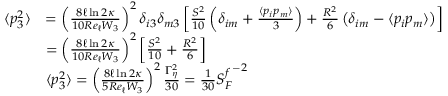
\begin{array} { r l } { \langle p _ { 3 } ^ { 2 } \rangle } & { = \left( \frac { 8 \ell \ln { 2 \kappa } } { 1 0 R e _ { \ell } W _ { 3 } } \right) ^ { 2 } \delta _ { i 3 } \delta _ { m 3 } \left[ \frac { S ^ { 2 } } { 1 0 } \left( \delta _ { i m } + \frac { \langle p _ { i } p _ { m } \rangle } { 3 } \right) + \frac { R ^ { 2 } } { 6 } \left( \delta _ { i m } - \langle p _ { i } p _ { m } \rangle \right) \right] } \\ & { = \left( \frac { 8 \ell \ln { 2 \kappa } } { 1 0 R e _ { \ell } W _ { 3 } } \right) ^ { 2 } \left[ \frac { S ^ { 2 } } { 1 0 } + \frac { R ^ { 2 } } { 6 } \right] } \\ & { \langle p _ { 3 } ^ { 2 } \rangle = \left( \frac { 8 \ell \ln { 2 \kappa } } { 5 R e _ { \ell } W _ { 3 } } \right) ^ { 2 } \frac { \Gamma _ { \eta } ^ { 2 } } { 3 0 } = \frac { 1 } { 3 0 } { S _ { F } ^ { f } } ^ { - 2 } } \end{array}